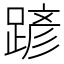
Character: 𨂪